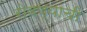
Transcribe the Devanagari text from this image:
रोवण्याची